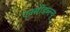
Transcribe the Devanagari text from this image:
एनसीडब्ल्यू